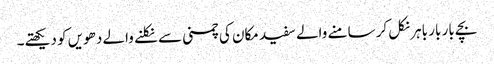
بچے بار بار باہر نکل کر سامنے والے سفید مکان کی چمنی سے نکلنے والے دھویں کو دیکھتے۔